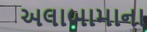
અલાબામાના